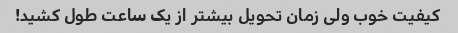
کیفیت خوب ولی زمان تحویل بیشتر از یک ساعت طول کشید!